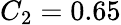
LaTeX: C_{2}=0.65